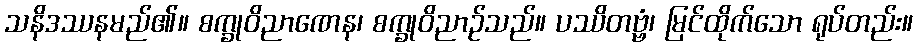
သနိဒဿနမည်၏။ စက္ခုဝိညာဏေန၊ စက္ခုဝိညာဉ်သည်။ ပဿိတဗ္ဗံ၊ မြင်ထိုက်သော ရုပ်တည်း။